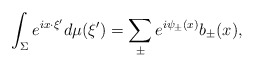
\begin{align*} \int_\Sigma e^{ix\cdot \xi'} d\mu(\xi') = \sum_{\pm} e^{i\psi_\pm(x)}b_\pm(x),\end{align*}